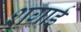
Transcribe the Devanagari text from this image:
शगाई